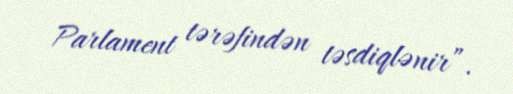
Parlament tərəfindən təsdiqlənir”.